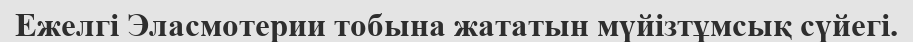
Ежелгі Эласмотерии тобына жататын мүйізтұмсық сүйегі.